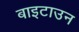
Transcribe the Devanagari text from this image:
बाइटाउन